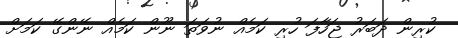
ކުރިން ދަބަރު ޖަހާފަ ހުރި ކަމެއް ނުވަތަ ނޫން ކަމެއް ނޭންގޭ ކަމަށް